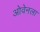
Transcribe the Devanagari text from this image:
ओवेनला